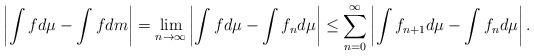
LaTeX: \begin{align*}\left| \int f d\mu - \int f d m\right|=\lim_{n \to \infty} \left|\int f d\mu - \int f_n d\mu\right| \le \sum_{n=0}^\infty \left| \int f_{n+1} d\mu - \int f_n d\mu\right|.\end{align*}